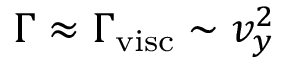
\Gamma \approx \Gamma _ { \mathrm { v i s c } } \sim v _ { y } ^ { 2 }